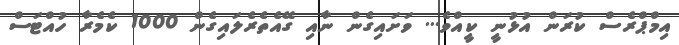
އިމްޕްރެސް ކުރަން އުޅުނީ ކީއްވެ... ވަށައިގެން ނާއި ގޭއެތެރެލައިގެން 1000 ކެމެރާ ހުއްޓަސް